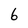
Character: 6